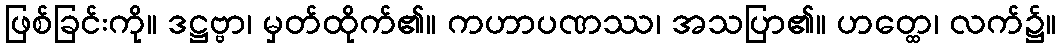
ဖြစ်ခြင်းကို။ ဒဋ္ဌဗ္ဗာ၊ မှတ်ထိုက်၏။ ကဟာပဏဿ၊ အသပြာ၏။ ဟတ္ထေ၊ လက်၌။